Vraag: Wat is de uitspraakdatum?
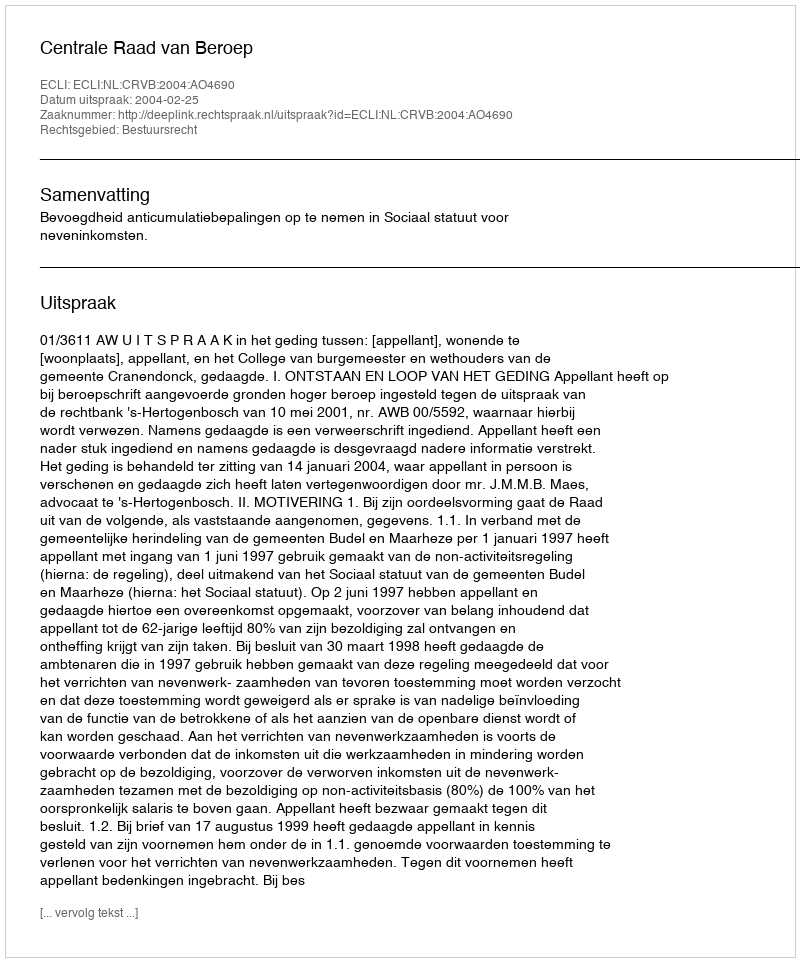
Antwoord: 2004-02-25